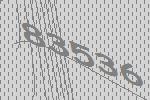
83536